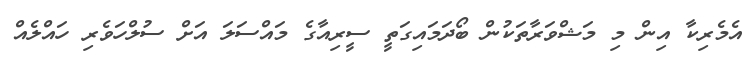
އެމެރިކާ އިން މި މަޝްވަރާތަކުން ބޯދަމައިގަތީ ސީރިއާގެ މައްސަލަ އަށް ސުލްހަވެރި ހައްލެއް